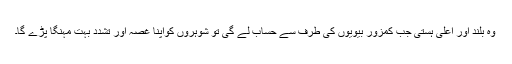
وہ بلند اور اعلیٰ ہستی جب کمزور بیویوں کی طرف سے حساب لے گی تو شوہروں کواپنا غصہ اور تشدد بہت مہنگا پڑے گا۔